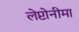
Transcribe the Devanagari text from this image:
लेप्टोनीमा